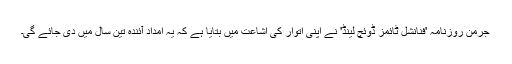
جرمن روزنامہ 'فنانشل ٹائمز ڈوئچ لینڈ' نے اپنی اتوار کی اشاعت میں بتایا ہے کہ یہ امداد آئندہ تین سال میں دی جائے گی۔